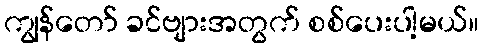
ကျွန်တော် ခင်ဗျားအတွက် စစ်ပေးပါ့မယ်။